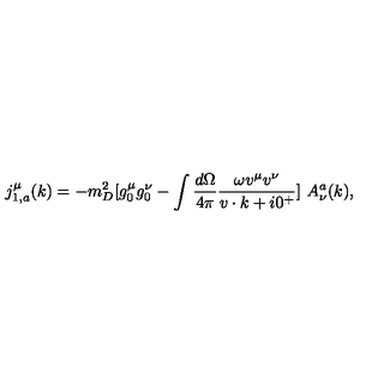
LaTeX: j _ { 1 , a } ^ { \mu } ( k ) = - m _ { D } ^ { 2 } [ g _ { 0 } ^ { \mu } g _ { 0 } ^ { \nu } - \int { \frac { d \Omega } { 4 \pi } } { \frac { \omega v ^ { \mu } v ^ { \nu } } { v \cdot k + i 0 ^ { + } } } ] \ A _ { \nu } ^ { a } ( k ) ,